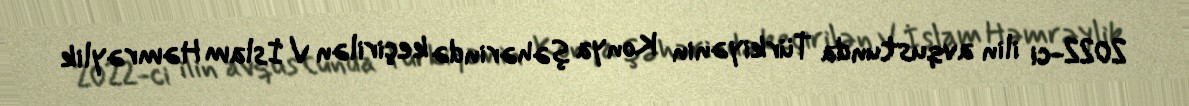
2022-ci ilin avqustunda Türkiyənin Konya şəhərində keçirilən V İslam Həmrəylik